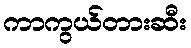
ကာကွယ်တားဆီး